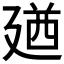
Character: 𪪰